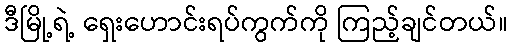
ဒီမြို့ရဲ့ ရှေးဟောင်းရပ်ကွက်ကို ကြည့်ချင်တယ်။